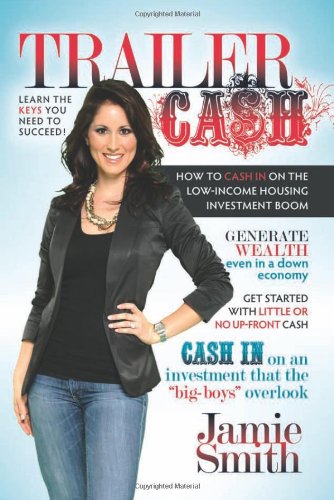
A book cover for Trailer Cash: How To Cash In On the Low-Income Housing Investment Boom; Jamie Smith; Business & Money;